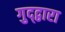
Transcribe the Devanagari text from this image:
गुद्द्वारा